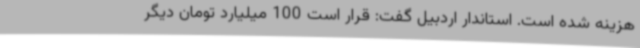
هزینه شده است. استاندار اردبیل گفت: قرار است 100 میلیارد تومان دیگر